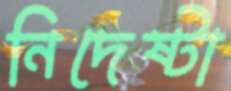
নিদেষ্টা